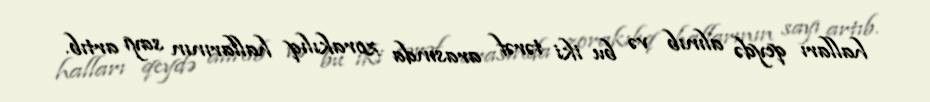
halları qeydə alınıb və bu iki tərəf arasında zorakılıq hallarının sayı artıb.